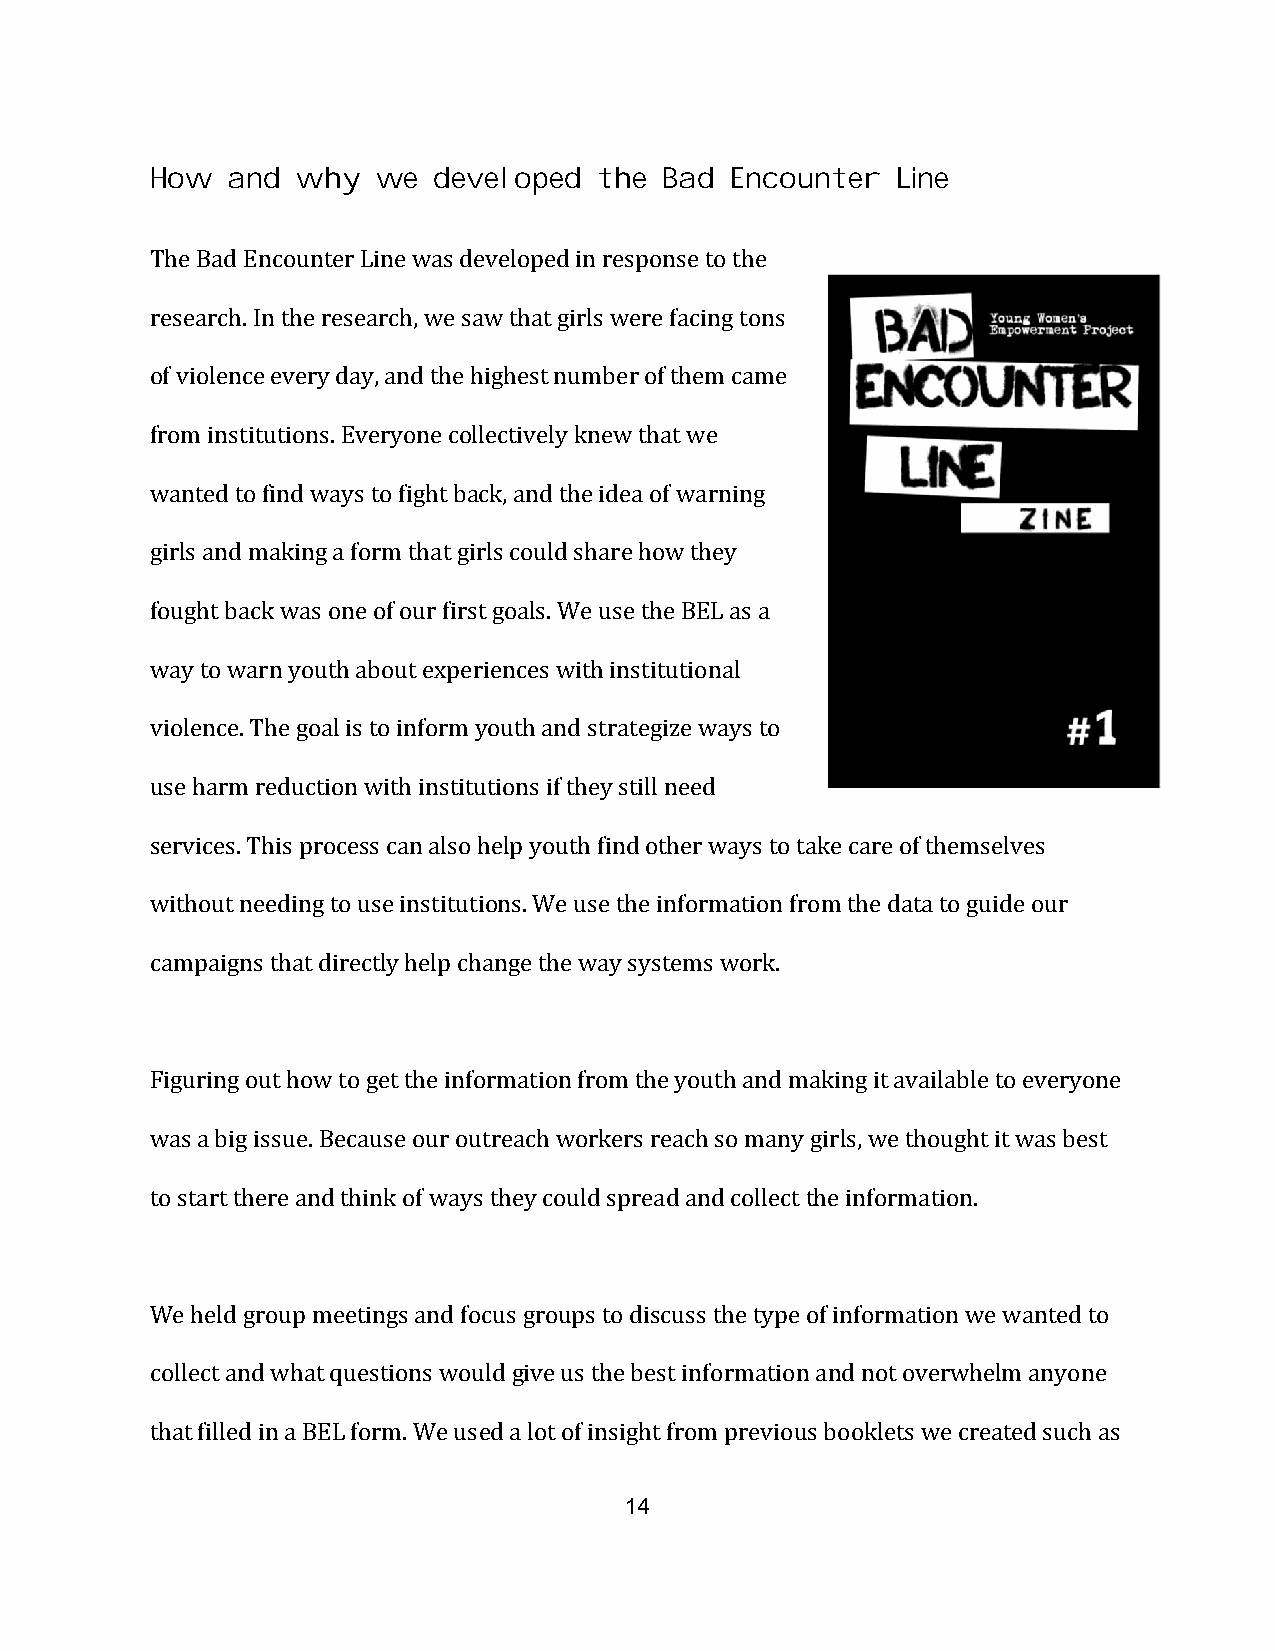
How  and  why  we  developed  the Bad Encounter  Line
 The Bad Encounter Line was developed in response to the
 research. In the research, we saw that girls were facing tons
 of violence every day, and the highest number of them came
 from institutions. Everyone collectively knew that we
 wanted to find ways to fight back, and the idea of warning
 girls and making a form that girls could share how they
 fought back was one of our first goals. We use the BEL as a
 way to warn youth about experiences with institutional
 violence. The goal is to inform youth and strategize ways to
 use harm reduction with institutions if they still need
 services. This process can also help youth find other ways to take care of themselves
 without needing to use institutions. We use the information from the data to guide our
 campaigns that directly help change the way systems work.
 Figuring out how to get the information from the youth and making it available to everyone
 was a big issue. Because our outreach workers reach so many girls, we thought it was best
 to start there and think of ways they could spread and collect the information.
 We held group meetings and focus groups to discuss the type of information we wanted to
 collect and what questions would give us the best information and not overwhelm anyone
 that filled in a BEL form. We used a lot of insight from previous booklets we created such as
 14